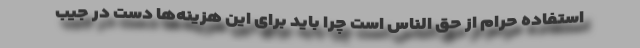
استفاده حرام از حق الناس است چرا باید برای این هزینه‌ها دست در جیب